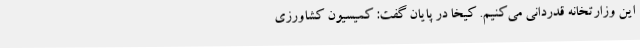
این وزارتخانه قدردانی می‌کنیم. کیخا در پایان گفت: کمیسیون کشاورزی